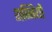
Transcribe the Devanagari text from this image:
शब्जियों